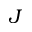
{ J }